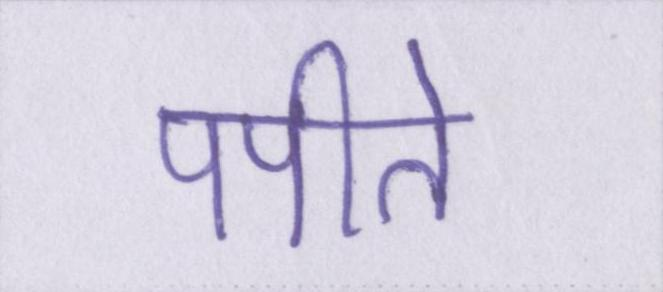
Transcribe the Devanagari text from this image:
पपीते